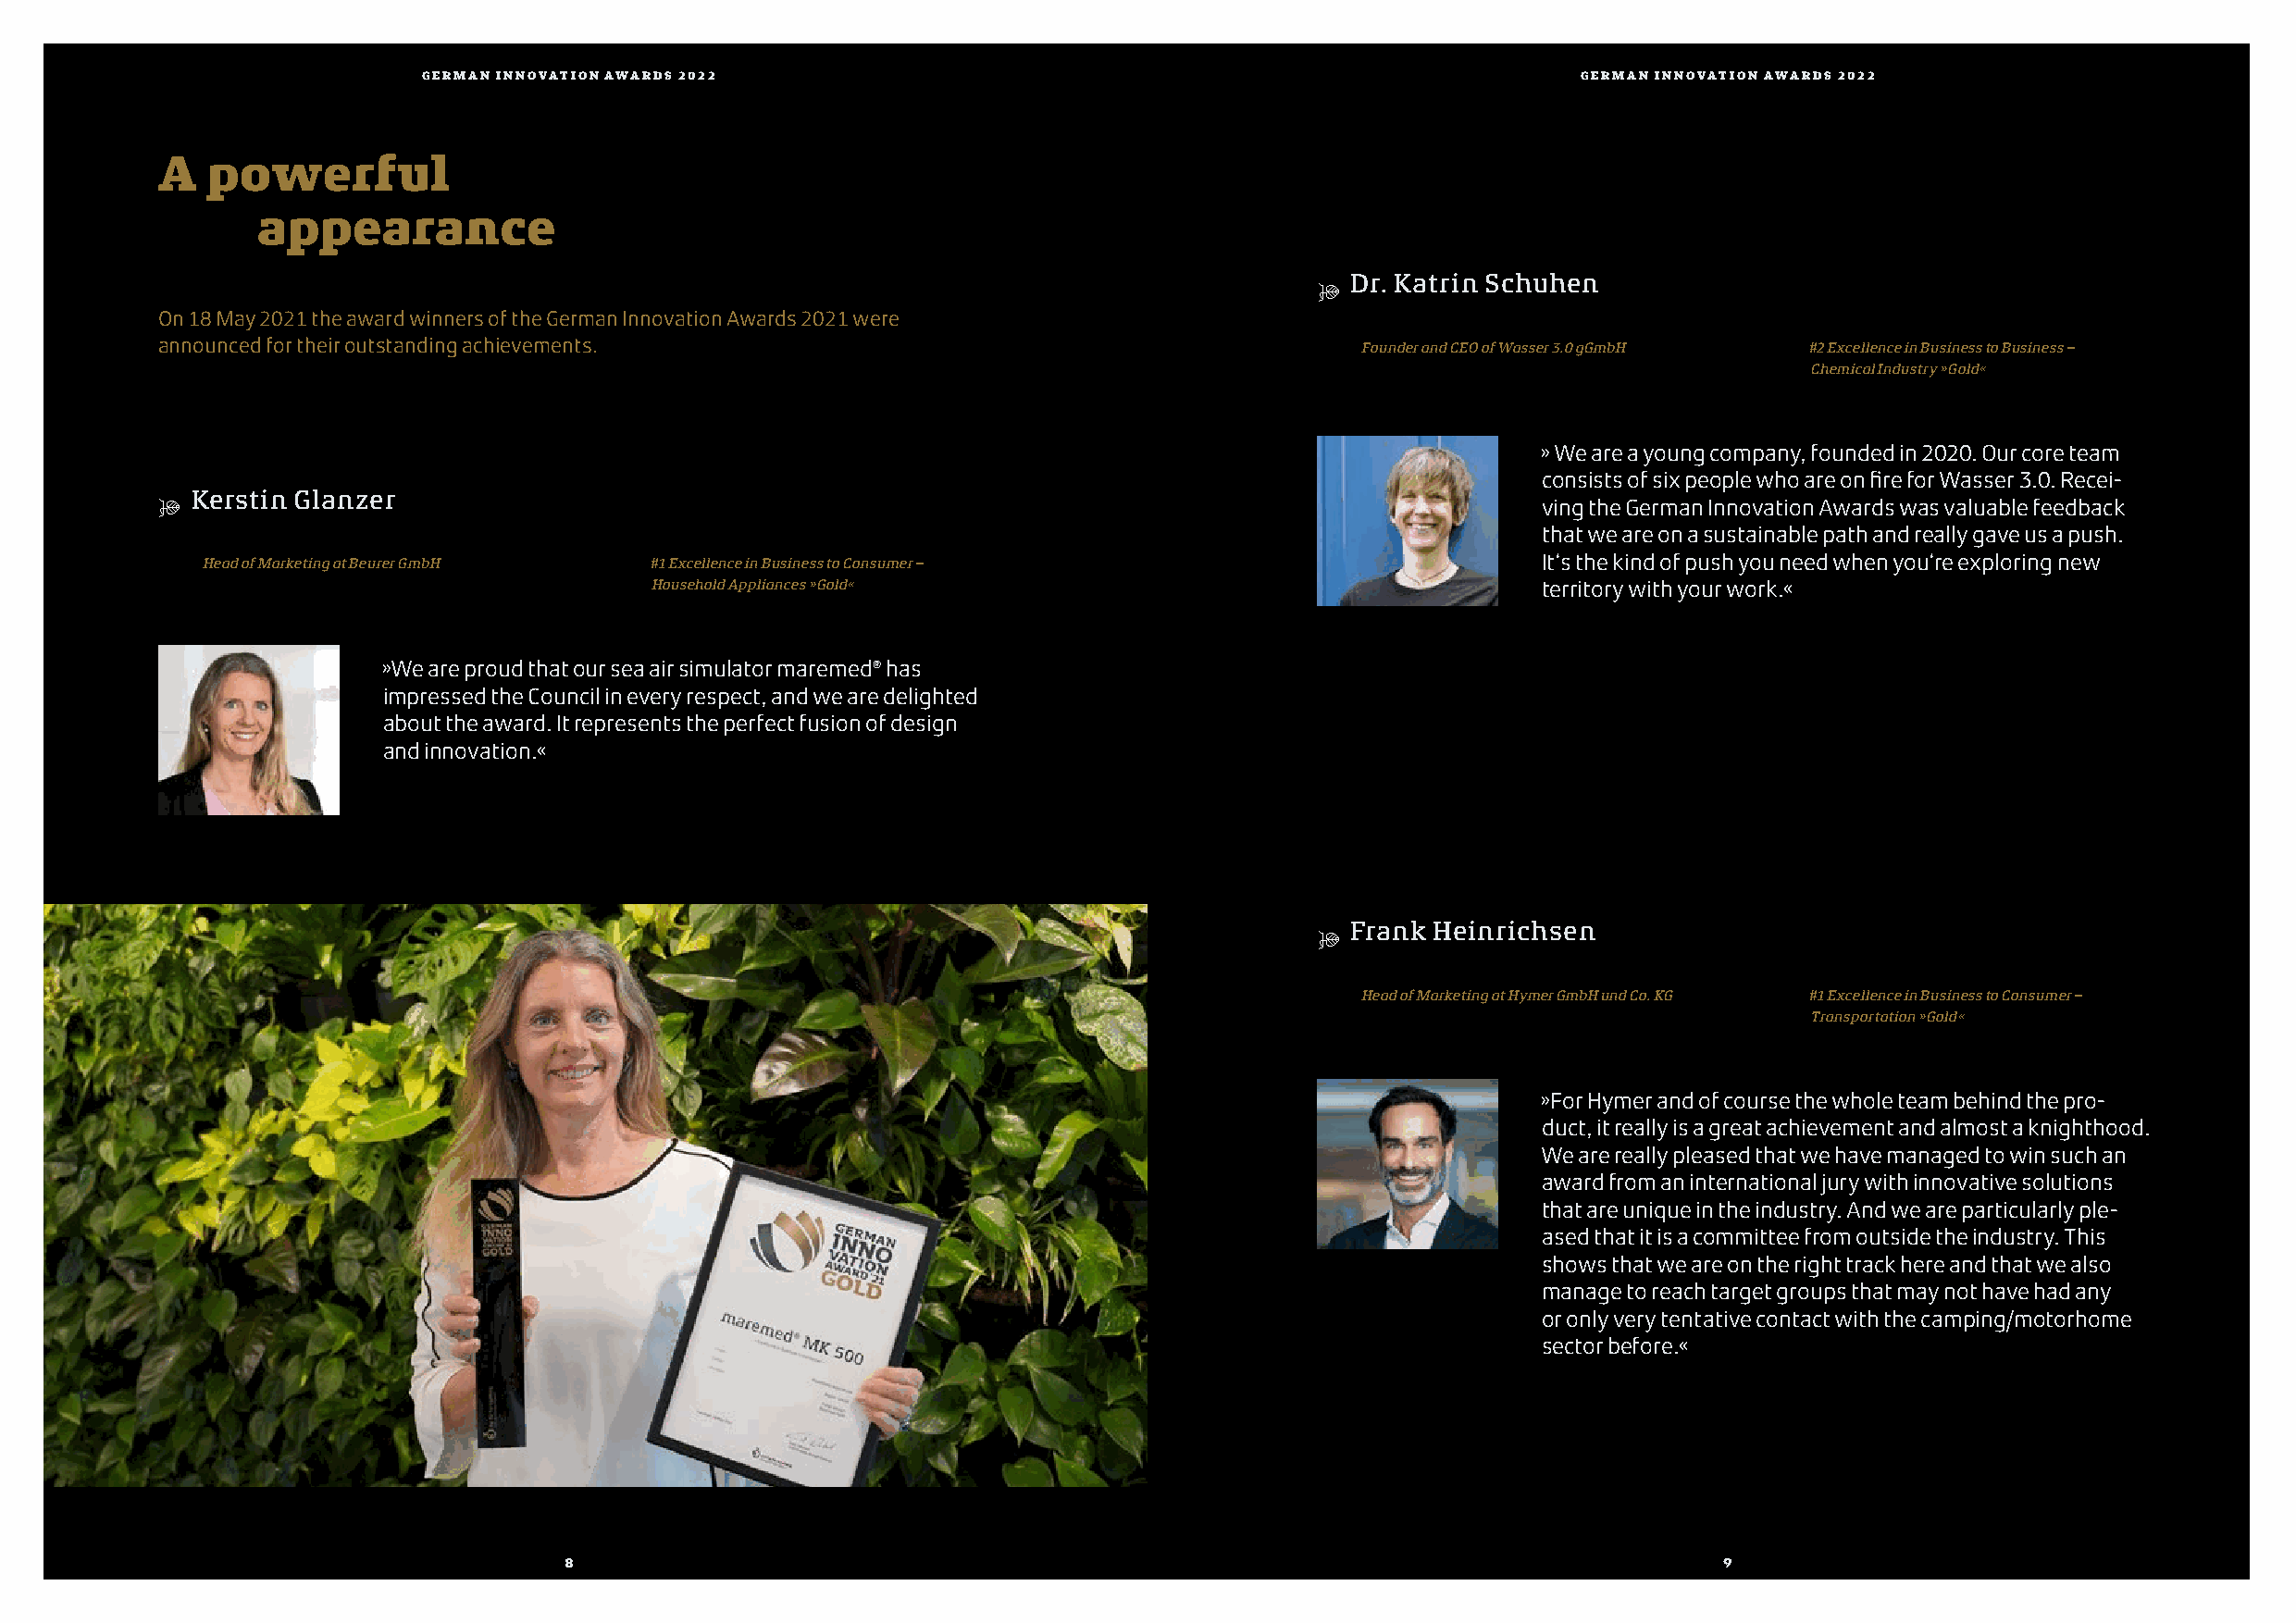
GERMGAENR IMNANNO VINANTIOOVNA TAIWOANR ADWSA 2R0D22S |2 0K2A2PITEL                   GERMAN INNOVATION AWARDS 2022
 A   powerful
 appearance
 Dr. Katrin Schuhen
 $
 On 18 May 2021 the award winners of the German Innovation Awards 2021 were
 announced for their outstanding achievements.                                         Founder and CEO of Wasser 3.0 gGmbH #2 Excellence in Business to Business –
 Chemical Industry »Gold«
 » We are a young company, founded in 2020. Our core team
 consists of six people who are on fire for Wasser 3.0. Recei-
 Kerstin Glanzer
 $                                                                                                  ving the German Innovation Awards was valuable feedback
 that we are on a sustainable path and really gave us a push.
 Head of Marketing at Beurer GmbH #1 Excellence in Business to Consumer –                       It‘s the kind of push you need when you‘re exploring new
 Household Appliances »Gold«                                    territory with your work.«
 »We are proud that our sea air simulator maremed® has
 impressed the Council in every respect, and we are delighted
 about the award. It represents the perfect fusion of design
 and innovation.«
 Frank Heinrichsen
 $
 Head of Marketing at Hymer GmbH und Co. KG #1 Excellence in Business to Consumer –
 Transportation »Gold«
 »For Hymer and of course the whole team behind the pro-
 duct, it really is a great achievement and almost a knighthood.
 We are really pleased that we have managed to win such an
 award from an international jury with innovative solutions
 that are unique in the industry. And we are particularly ple-
 ased that it is a committee from outside the industry. This
 shows that we are on the right track here and that we also
 manage to reach target groups that may not have had any
 or only very tentative contact with the camping/motorhome
 sector before.«
 8                                                                                  9